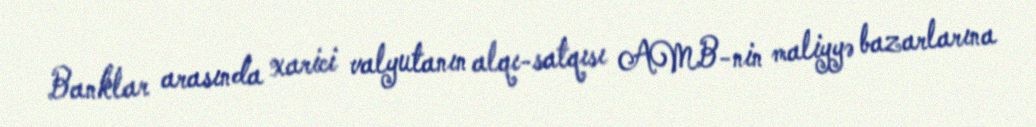
Banklar arasında xarici valyutanın alqı-satqısı AMB-nin maliyyə bazarlarına